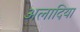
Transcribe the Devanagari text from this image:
अलादिया